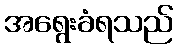
အရွေးခံရသည်